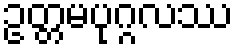
ဥတ္တမပုဂ္ဂလဿ